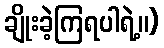
ချိုးခဲ့ကြရပါရဲ့။)